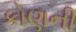
કોણની